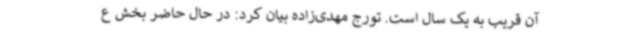
آن قریب به یک سال است. تورج مهدی‌زاده بیان کرد: در حال حاضر بخش ع